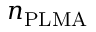
n _ { \mathrm { P L M A } }